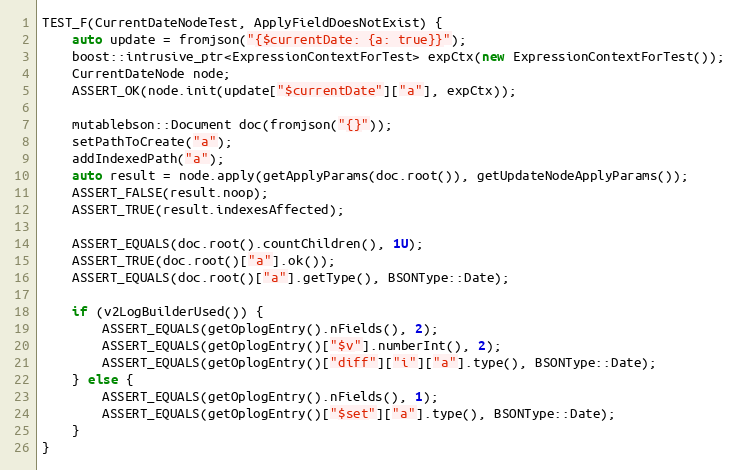
Language: C++
TEST_F(CurrentDateNodeTest, ApplyFieldDoesNotExist) {
    auto update = fromjson("{$currentDate: {a: true}}");
    boost::intrusive_ptr<ExpressionContextForTest> expCtx(new ExpressionContextForTest());
    CurrentDateNode node;
    ASSERT_OK(node.init(update["$currentDate"]["a"], expCtx));

    mutablebson::Document doc(fromjson("{}"));
    setPathToCreate("a");
    addIndexedPath("a");
    auto result = node.apply(getApplyParams(doc.root()), getUpdateNodeApplyParams());
    ASSERT_FALSE(result.noop);
    ASSERT_TRUE(result.indexesAffected);

    ASSERT_EQUALS(doc.root().countChildren(), 1U);
    ASSERT_TRUE(doc.root()["a"].ok());
    ASSERT_EQUALS(doc.root()["a"].getType(), BSONType::Date);

    if (v2LogBuilderUsed()) {
        ASSERT_EQUALS(getOplogEntry().nFields(), 2);
        ASSERT_EQUALS(getOplogEntry()["$v"].numberInt(), 2);
        ASSERT_EQUALS(getOplogEntry()["diff"]["i"]["a"].type(), BSONType::Date);
    } else {
        ASSERT_EQUALS(getOplogEntry().nFields(), 1);
        ASSERT_EQUALS(getOplogEntry()["$set"]["a"].type(), BSONType::Date);
    }
}